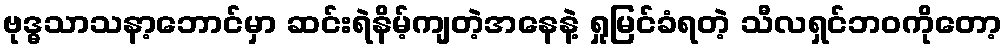
ဗုဒ္ဓသာသနာ့ဘောင်မှာ ဆင်းရဲနိမ့်ကျတဲ့အနေနဲ့ ရှုမြင်ခံရတဲ့ သီလရှင်ဘဝကိုတော့